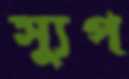
স্যুপ